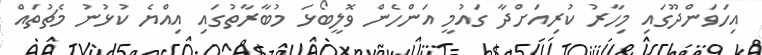
އިހަވަންދޫގައި މިހާރު ކުރިއަށްދާ ގައުމީ އަންހެން ވޮލީބޯޅަ މުބާރާތުގައި އިއްޔެ ކުޅުނު މެޗުތައް